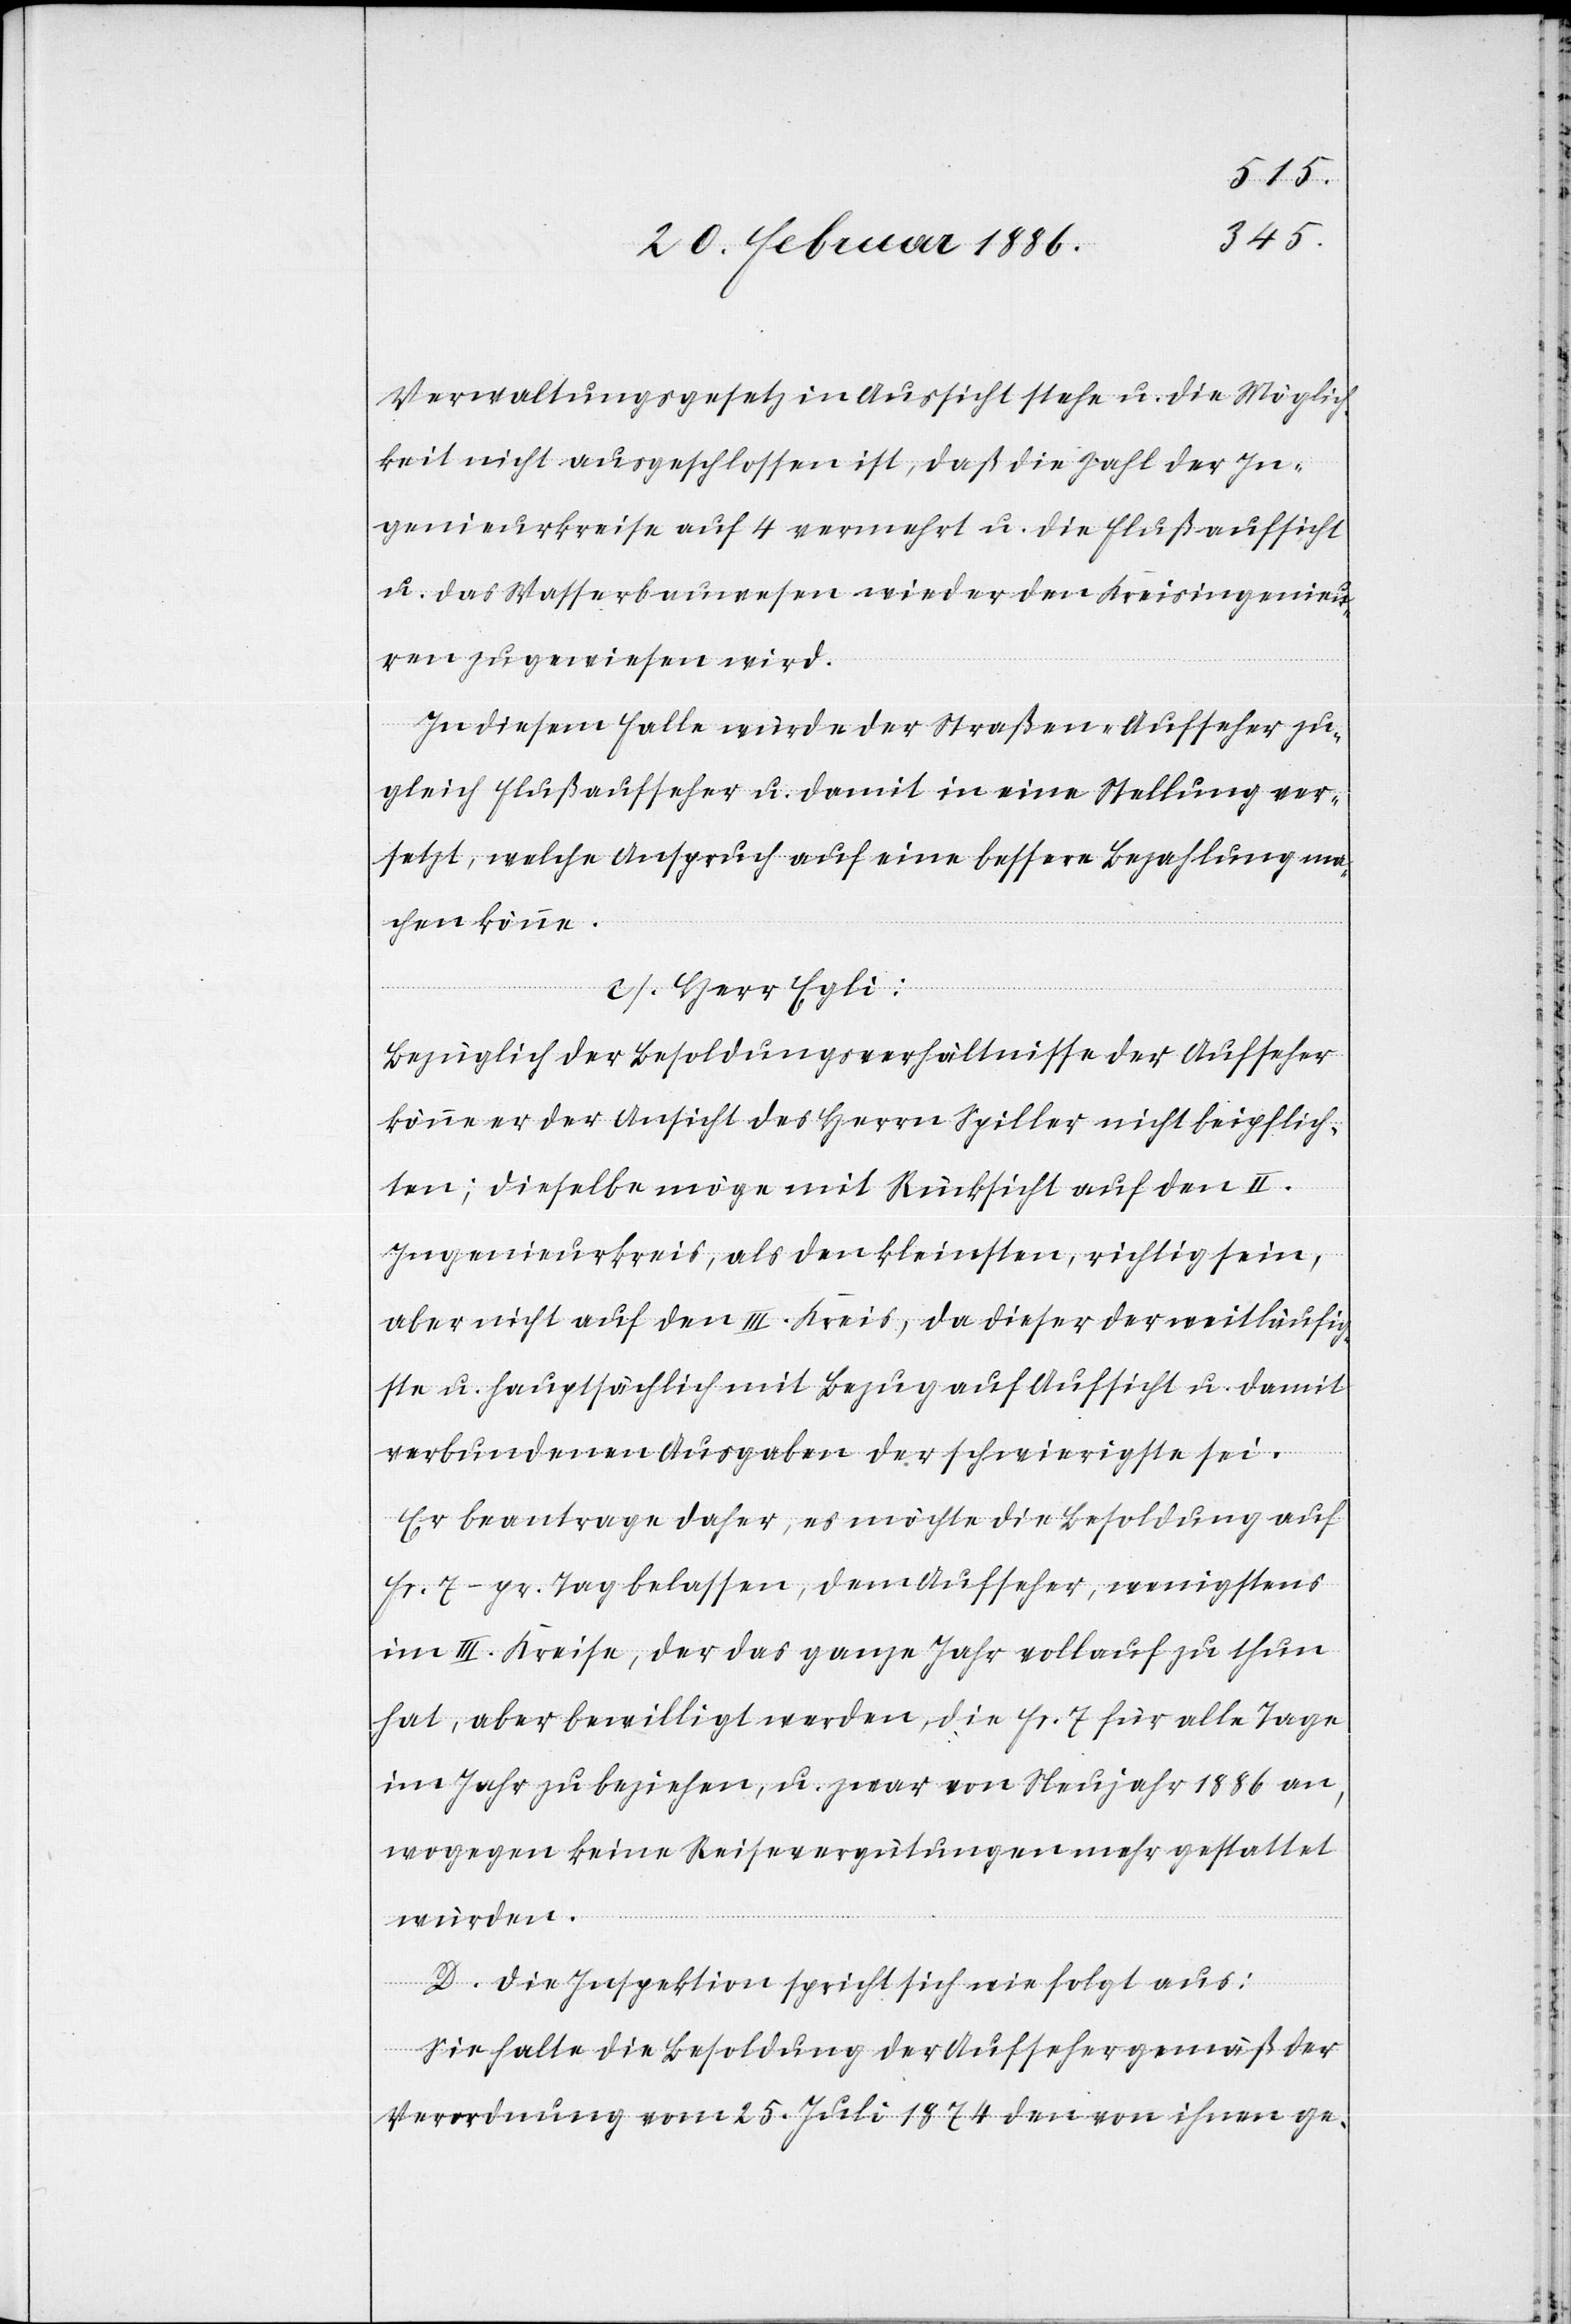
Verwaltungsgesetz in Aussicht stehe u. die Möglich¬
keit nicht ausgeschlossen ist, daß die Zahl der In¬
genieurkreise auf 4 vermehrt u. die Flußaufsicht
u. das Wasserbauwesen wieder den Kreisingenieu¬
ren zugewiesen wird.
In diesem Falle würde der Straßen-Aufseher zu¬
gleich Flußaufseher u. damit in eine Stellung ver¬
setzt, welche Anspruch auf eine bessere Bezahlung ne¬
hmen könne.
c). Herr Egli:
Bezüglich der Besoldungsverhältnisse der Aufseher
könne er der Ansicht des Herrn Spiller nicht beipflich¬
ten; dieselbe möge mit Rücksicht auf den II.
Ingenieurskreis, als den kleinsten, richtig sein,
aber nicht auf den III. Kreis, da dieser der weitläufig¬
ste u. hauptsächlich mit Bezug auf Aufsicht u. damit
verbundenen Ausgaben der schwierigste sei.
Er beantrage daher, es möchte die Besoldung auf
Fr. 7.– pr. Tag belassen, dem Aufseher, wenigstens
im II. Kreise, der das ganze Jahr vollauf zu thun
hat, aber bewilligt werden, die Fr. 7 für alle Tage
im Jahr zu beziehen, u. zwar von Neujahr 1886 an,
wogegen keine Reisevergütungen mehr gestattet
würden.
D. Die Inspektion spricht sich wie folgt aus:
Sie halte die Besoldung der Aufseher gemäß der
Verordnung vom 25. Juli 1874 den von ihnen ge-